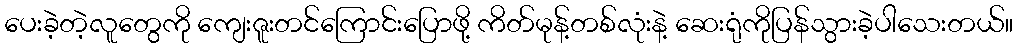
ပေးခဲ့တဲ့လူတွေကို ကျေးဇူးတင်ကြောင်းပြောဖို့ ကိတ်မုန့်တစ်လုံးနဲ့ ဆေးရုံကိုပြန်သွားခဲ့ပါသေးတယ်။